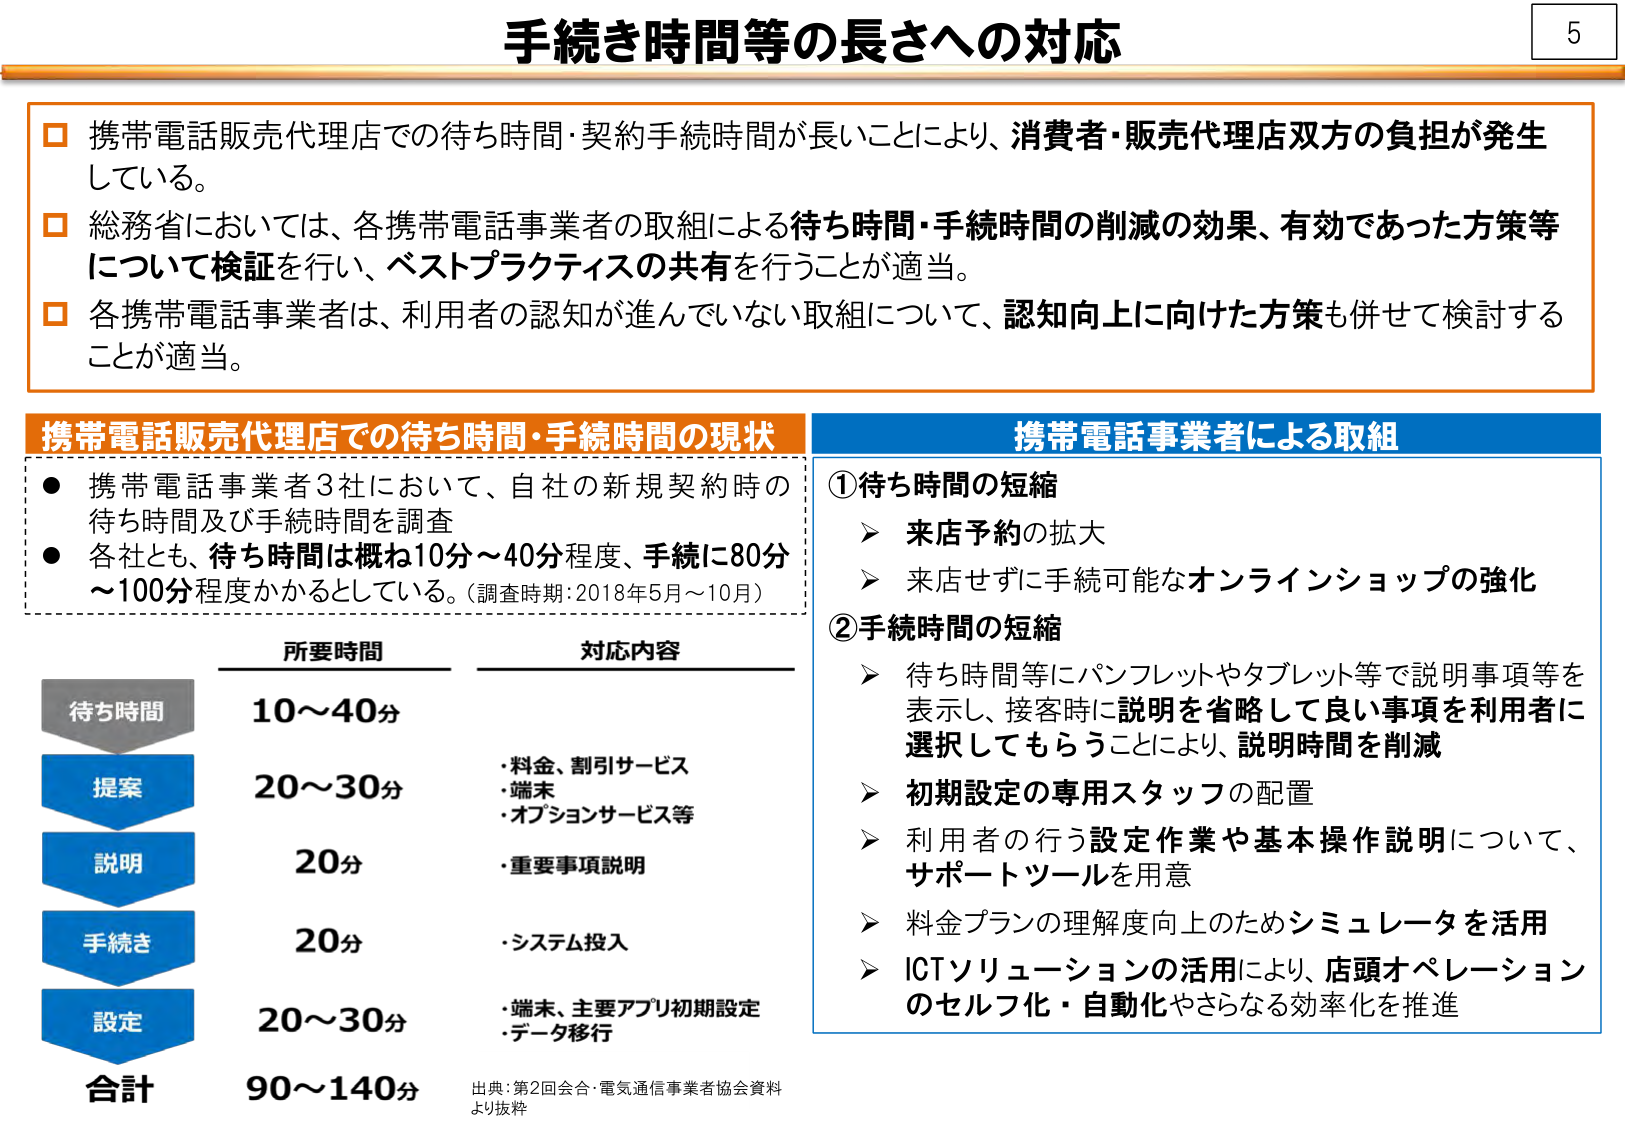
手続き時間等の長さへの対応

□ 携帯電話販売代理店での待ち時間・契約手続時間が長いことにより、消費者・販売代理店双方の負担が発生している。
□ 総務省においては、各携帯電話事業者の取組による待ち時間・手続時間の削減の効果、有効であった方策等について検証を行い、ベストプラクティスの共有を行うことが適当。
□ 各携帯電話事業者は、利用者の認知が進んでいない取組について、認知向上に向けた方策も併せて検討することが適当。

携帯電話販売代理店での待ち時間・手続時間の現状
● 携帯電話事業者3社において、自社の新規契約時の待ち時間及び手続時間を調査
● 各社とも、待ち時間は概ね10分～40分程度、手続に80分～100分程度かかるとしている。（調査時期：2018年5月～10月）

携帯電話事業者による取組
① 待ち時間の短縮
　➤ 来店予約の拡大
　➤ 来店せずに手続可能なオンラインショップの強化
② 手続時間の短縮
　➤ 待ち時間等にパンフレットやタブレット等で説明事項等を表示し、接客時に説明を省略して良い事項を利用者に選択してもらうことにより、説明時間を削減
　➤ 初期設定の専用スタッフの配置
　➤ 利用者の行う設定作業や基本操作説明について、サポートツールを用意
　➤ 料金プランの理解度向上のためシミュレータを活用
　➤ ICTソリューションの活用により、店頭オペレーションのセルフ化・自動化やさらなる効率化を推進

所要時間　　　　　対応内容
待ち時間　　　　10～40分
提案　　　　　　20～30分　　　・料金、割引サービス
　　　　　　　　　　　　　　　・端末
　　　　　　　　　　　　　　　・オプションサービス等
説明　　　　　　20分　　　　　・重要事項説明
手続き　　　　　　20分　　　　　・システム投入
設定　　　　　　20～30分　　　・端末、主要アプリ初期設定
　　　　　　　　　　　　　　　・データ移行
合計　　　　　　90～140分

出典：第2回会合・電気通信事業者協会資料より抜粋

5